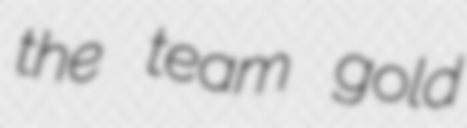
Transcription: the team gold